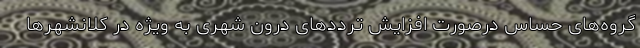
گروه‌های حساس درصورت افزایش تردد‌های درون شهری به ویژه در کلانشهر‌ها